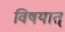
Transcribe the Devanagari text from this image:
विषयात्